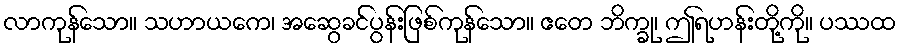
လာကုန်သော။ သဟာယကေ၊ အဆွေခင်ပွန်းဖြစ်ကုန်သော။ ဧတေ ဘိက္ခု၊ ဤရဟန်းတို့ကို။ ပဿထ